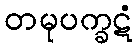
တမုပက္ခဋံ